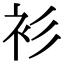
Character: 衫